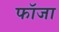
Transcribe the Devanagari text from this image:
फॉजा